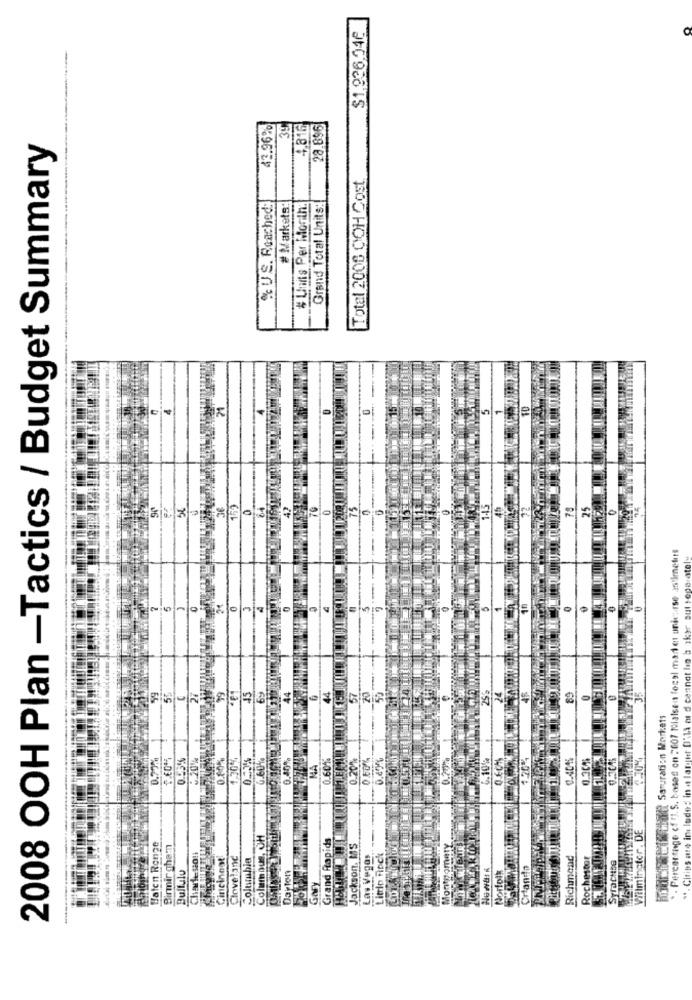
O
$1.936.046
43.96%
39
4.816
28.896
2008 OOH Plan -Tactics / Budget Summary
Total 2008 COH Cost
St US. Reached:
# Markets:
# Units Per Month:
Grand Total Units:
f.S. based on 2007 tolalsen focal madet unirse astimelos
sul seperately
nat I
ik Hil Saturation Morkets
40%
1.40%%
0.30%
0.33
6.60%
NA
1.604
0.200
Villmingter. DE
. Percentage c
Columbus, OH
Haten Ronge
topid
Cleveland
Columbia
kson.
Richmond
Rochestor
Birmir gt
Bultulu
Dayton
Syracus
Litrlo
. Citi